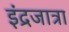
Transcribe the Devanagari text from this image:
इंद्रजात्रा